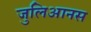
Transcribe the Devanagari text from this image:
जुलिआनस